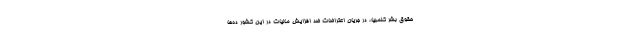
حقوق بشر کلمبیا، در جریان اعتراضات ضد افزایش مالیات در این کشور ده‌ها